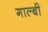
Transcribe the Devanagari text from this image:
गाल्बी